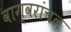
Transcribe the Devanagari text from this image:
वाग्वरांचल